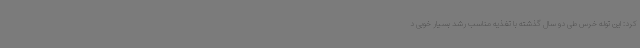
کرد: این توله خرس طی دو سال گذشته با تغذیه مناسب رشد بسیار خوبی د